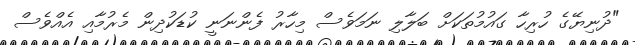
"ދުނިޔޭގެ ހުރިހާ ގައުމުތަކަށް ބަލާލި ނަމަވެސް މިހާރު ފެންނަނީ ކުޑަކުދިން މެރުމާއި އެއްވެސް